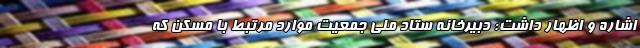
اشاره و اظهار داشت: دبیرخانه ستاد ملی جمعیت موارد مرتبط با مسکن که